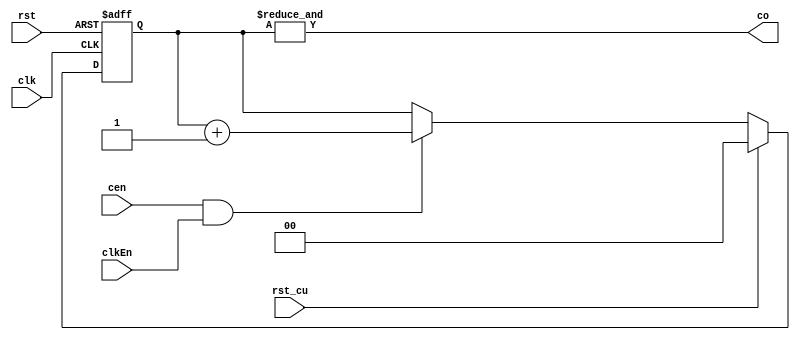
`timescale 1ns/1ns

module UpCounter2(
		cen, clk, rst, clkEn, rst_cu,
		co
	);

	input cen, clk, rst, clkEn, rst_cu;
	output co;

	reg [1:0] cnt_po = 2'b00;

	always @(posedge clk, posedge rst) begin
		if (rst)
			cnt_po <= 2'b00;
		else begin
			if (rst_cu)
				cnt_po <= 2'b00;
			else begin
				if (cen & clkEn)
					cnt_po <= cnt_po + 2'b01;
				else
					cnt_po <= cnt_po;
			end
		end
	end

	assign co = &{cnt_po};
endmodule